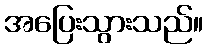
အပြေးသွားသည်။